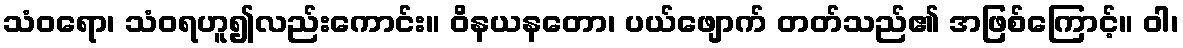
သံဝရော၊ သံဝရဟူ၍လည်းကောင်း။ ဝိနယနတော၊ ပယ်ဖျောက် တတ်သည်၏ အဖြစ်ကြောင့်။ ဝါ၊